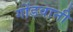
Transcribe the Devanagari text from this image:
गोंडवानी